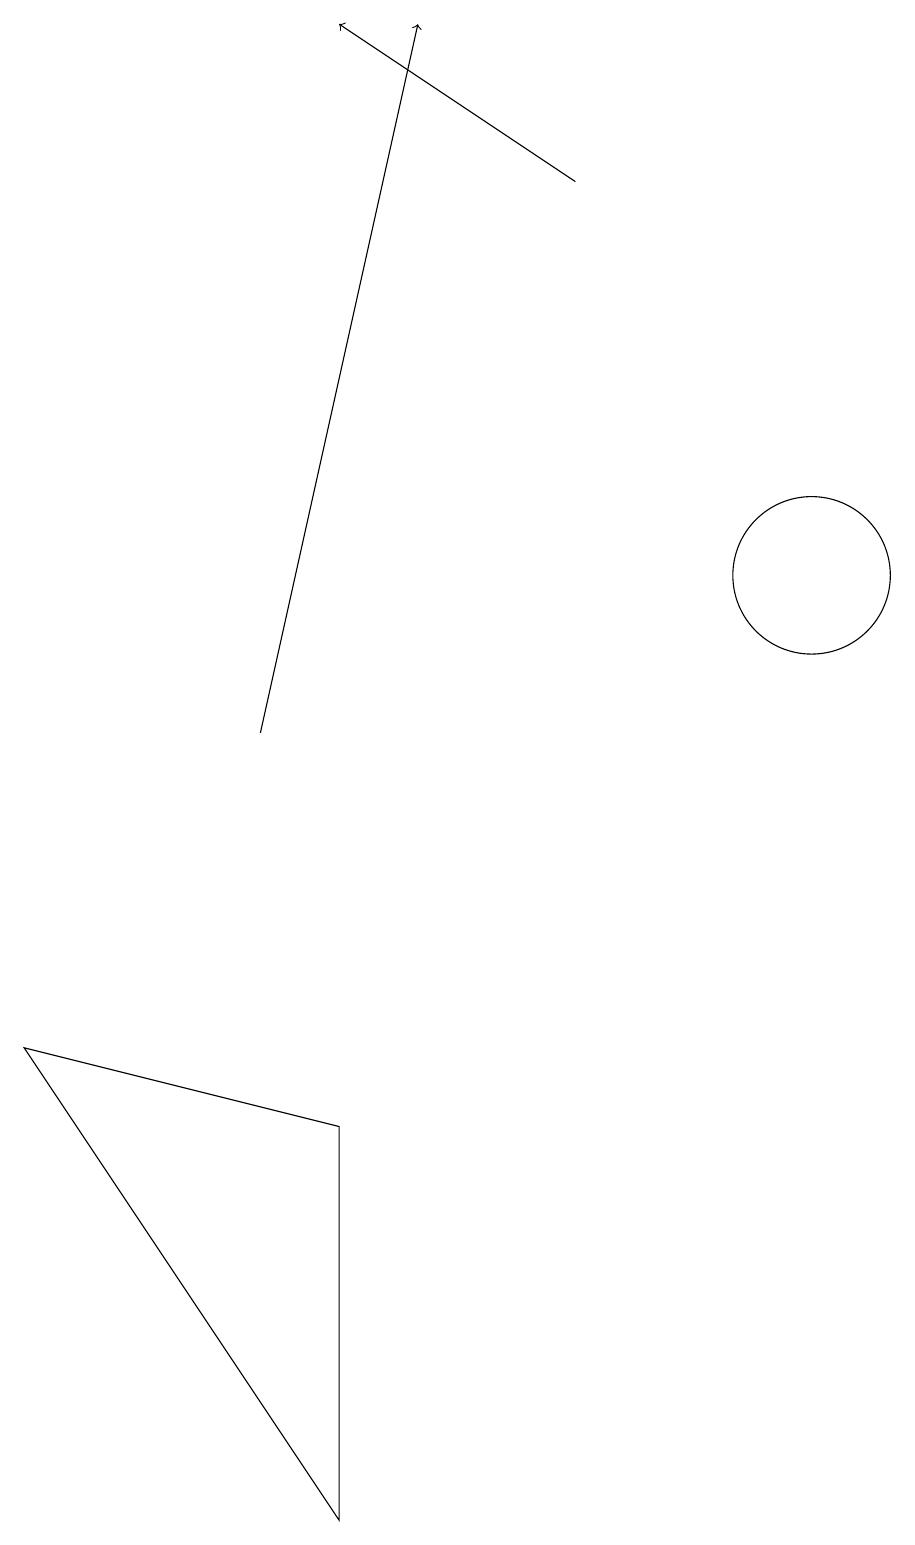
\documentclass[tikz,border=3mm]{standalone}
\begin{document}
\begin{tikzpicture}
\draw (11,12) circle (1);
\draw[->] (4,10) -- (6,19);
\draw (5,0) -- (1,6) -- (5,5) -- cycle;
\draw[->] (8,17) -- (5,19);
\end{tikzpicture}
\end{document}